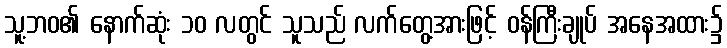
သူ့ဘဝ၏ နောက်ဆုံး ၁၀ လတွင် သူသည် လက်တွေ့အားဖြင့် ဝန်ကြီးချုပ် အနေအထား၌